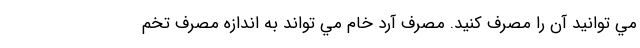
مي توانيد آن را مصرف كنيد. مصرف آرد خام مي تواند به اندازه مصرف تخم